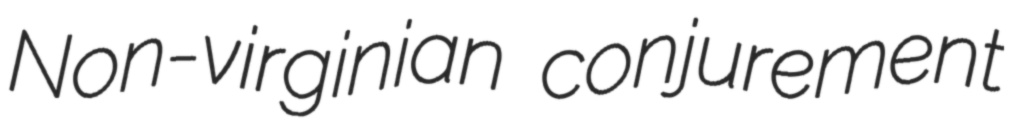
Non-virginian conjurement